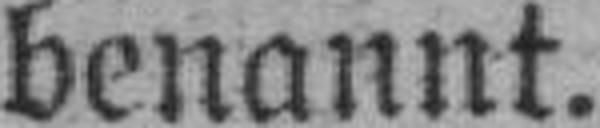
benannt.